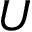
U